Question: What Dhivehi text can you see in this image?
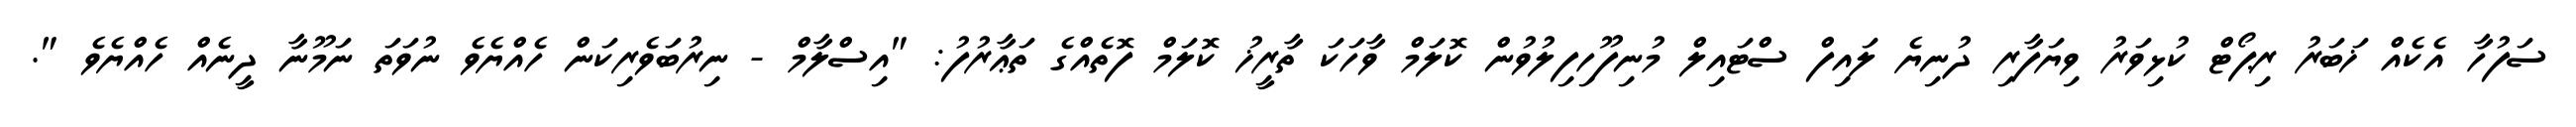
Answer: ސަފުހާ އެކެއް ޚަބަރު ރިޕޯޓް ކުޅިވަރު ވިޔަފާރި ދުނިޔެ ލައިފް ސްޓައިލް މުނިފޫހިފިލުވުން ކޮލަމް ވާހަކަ ތާރީޚު ކޮލަމް ފޮތެއްގެ ތަޢާރުފު: "އިސްލާމް - ނިރުބަވެރިކަން ހެއްޔެވެ ނުވަތަ ނަމޫނާ ދީނެއް ހެއްޔެވެ ".